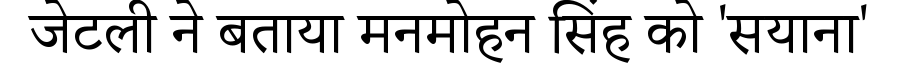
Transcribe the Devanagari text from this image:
जेटली ने बताया मनमोहन सिंह को 'सयाना'